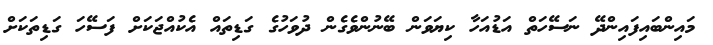
މައިންބައިފައިންދޭ ނަސޭހަތް އަޑުއަހާ ކިޔަވަން ބޭނުންވެގެން ދުވަހުގެ ގަޑިތައް އެކުއްޖަކަށް ފަސޭހަ ގަޑިތަކަށް